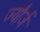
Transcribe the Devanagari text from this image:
ज्यौर्ज